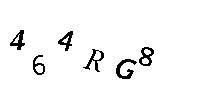
464RG8